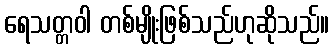
ရေသတ္တဝါ တစ်မျိုးဖြစ်သည်ဟုဆိုသည်။